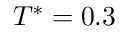
T ^ { * } = 0 . 3